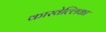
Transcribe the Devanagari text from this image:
कारवेल्लिका